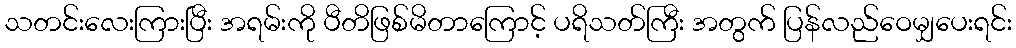
သတင်းလေးကြားပြီး အရမ်းကို ပီတိဖြစ်မိတာကြောင့် ပရိသတ်ကြီး အတွက် ပြန်လည်ဝေမျှပေးရင်း